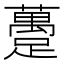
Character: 躉